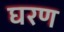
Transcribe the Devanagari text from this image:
घरण